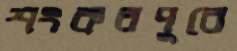
শংকরপুরে